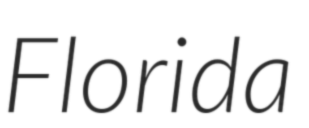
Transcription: Florida